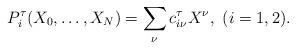
LaTeX: \begin{align*} P_i^{\tau} (X_0,\ldots ,X_N)= \sum_{\nu} c_{i\nu}^{\tau} X^{\nu}, \ (i=1,2). \end{align*}